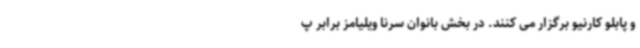
و پابلو کارنیو برگزار می کنند. در بخش بانوان سرنا ویلیامز برابر پ